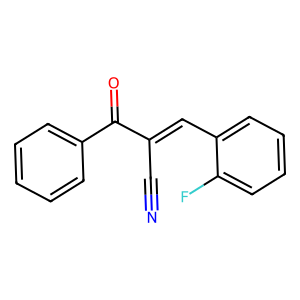
SMILES: N#CC(=Cc1ccccc1F)C(=O)c1ccccc1
Inhibits HIV replication: No